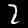
Label: 2